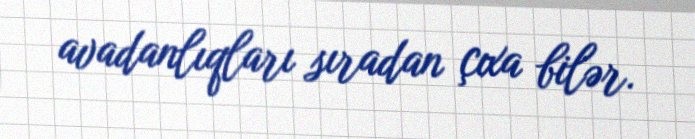
avadanlıqları sıradan çıxa bilər.